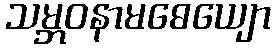
သမ္ဘဝနာမဓေယျော